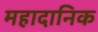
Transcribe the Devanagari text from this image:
महादानिक